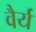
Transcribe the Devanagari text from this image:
वैर्य